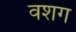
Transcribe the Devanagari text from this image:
वशग